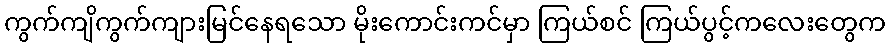
ကွက်ကျိကွက်ကျားမြင်နေရသော မိုးကောင်းကင်မှာ ကြယ်စင် ကြယ်ပွင့်ကလေးတွေက